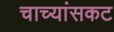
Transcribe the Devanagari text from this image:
चाच्यांसकट